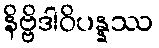
နိဗ္ဗိဒါဝိပန္နဿ